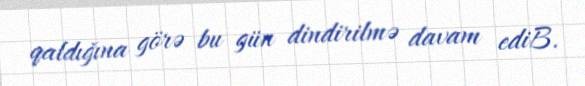
qaldığına görə bu gün dindirilmə davam ediB.